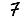
Digit: 7